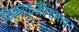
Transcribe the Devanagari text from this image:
निष्काळजीपणावर